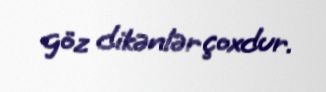
göz dikənlər çoxdur.